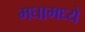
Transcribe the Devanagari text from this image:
मघामध्ये